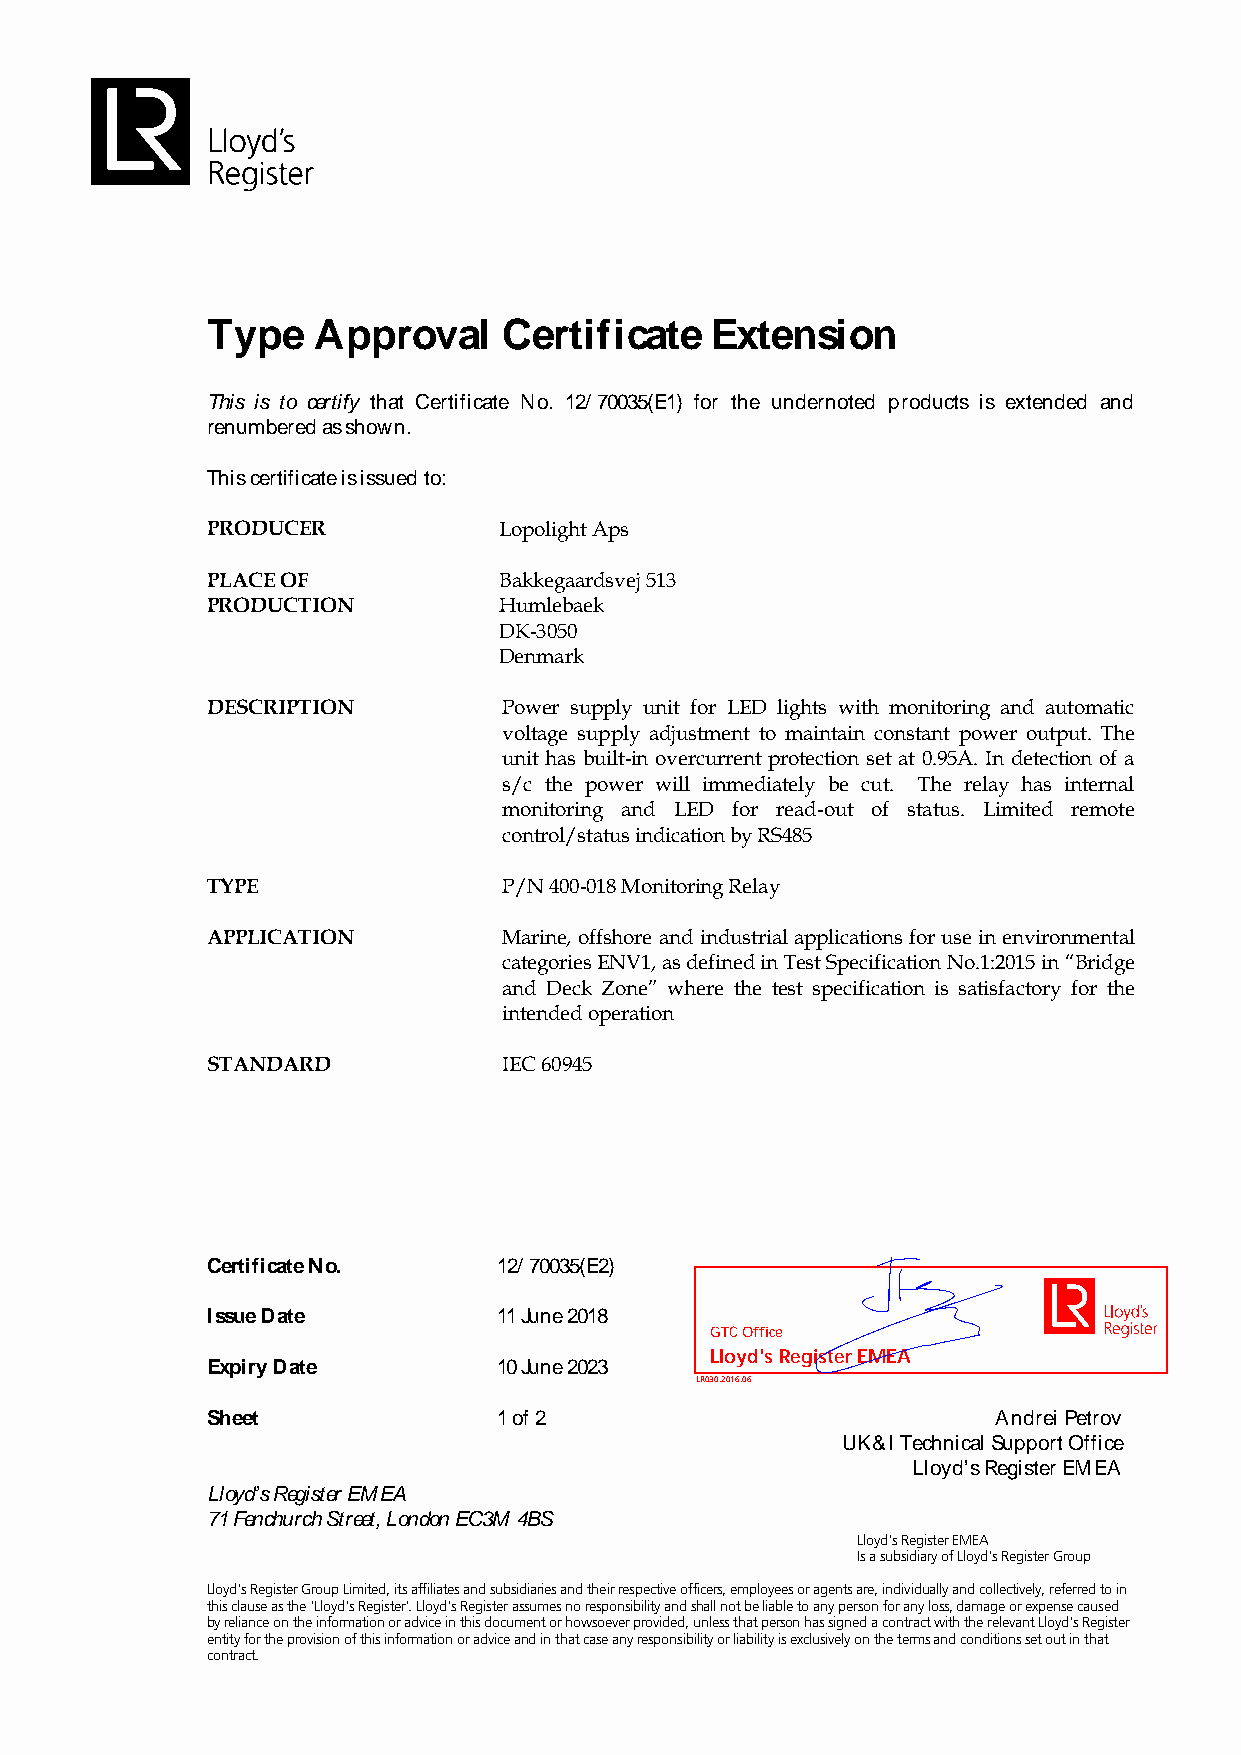
Type   Approval    Certificate   Extension
 This is to certify that Certificate No. 12/ 70035(E1) for the undernoted products is extended and
 renumbered as shown.
 This certificate is issued to:
 PRODUCER           Lopolight Aps
 PLACE OF           Bakkegaardsvej 513
 PRODUCTION         Humlebaek
 DK-3050
 Denmark
 DESCRIPTION        Power supply unit for LED lights with monitoring and automatic
 voltage supply adjustment to maintain constant power output. The
 unit has built-in overcurrent protection set at 0.95A. In detection of a
 s/c the power will immediately be cut. The relay has internal
 monitoring and LED for read-out of status. Limited remote
 control/status indication by RS485
 TYPE               P/N 400-018 Monitoring Relay
 APPLICATION        Marine, offshore and industrial applications for use in environmental
 categories ENV1, as defined in Test Specification No.1:2015 in “Bridge
 and Deck Zone” where the test specification is satisfactory for the
 intended operation
 STANDARD           IEC 60945
 Certificate No.    12/ 70035(E2)
 Issue Date         11 June 2018
 GTC Office
 Lloyd's Register EMEA
 Expiry Date        10 June 2023
 LR030.2016.06
 Sheet              1 of 2                           Andrei Petrov
 UK&I Technical Support Office
 Lloyd’s Register EMEA
 Lloyd’s Register EMEA
 71 Fenchurch Street, London EC3M 4BS
 Lloyd's Register EMEA
 Is a subsidiary of Lloyd's Register Group
 Lloyd's Register Group Limited, its affiliates and subsidiaries and their respective officers, employees or agents are, individually and collectively, referred to in
 this clause as the 'Lloyd's Register'. Lloyd's Register assumes no responsibility and shall not be liable to any person for any loss, damage or expense caused
 by reliance on the information or advice in this document or howsoever provided, unless that person has signed a contract with the relevant Lloyd's Register
 entity for the provision of this information or advice and in that case any responsibility or liability is exclusively on the terms and conditions set out in that
 contract.
 This is a copy of an electronic document. In the event of any conflict or ambiguity between the copy and the electronic document,
 which is retained and published by Lloyd's Register, the original electronic and certified version shall always prevail.